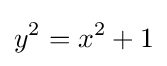
y^{2}=x^{2}+1